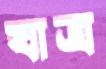
যাত্র